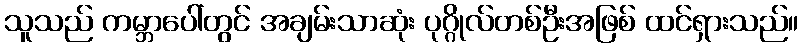
သူသည် ကမ္ဘာပေါ်တွင် အချမ်းသာဆုံး ပုဂ္ဂိုလ်တစ်ဦးအဖြစ် ထင်ရှားသည်။